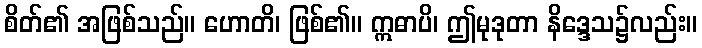
စိတ်၏ အဖြစ်သည်။ ဟောတိ၊ ဖြစ်၏။ ဣဓာပိ၊ ဤမုဒုတာ နိဒ္ဒေသ၌လည်း။